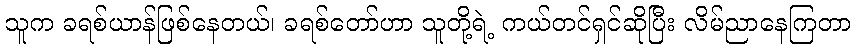
သူက ခရစ်ယာန်ဖြစ်နေတယ်၊ ခရစ်တော်ဟာ သူတို့ရဲ့ ကယ်တင်ရှင်ဆိုပြီး လိမ်ညာနေကြတာ